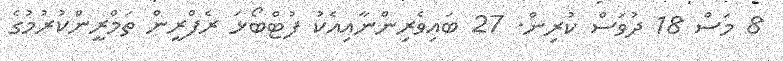
8 މަސް 18 ދުވަސް ކުރިން. 27 ބައިވެރިންނާއިއެކު ފުޓްބޯޅަ ރެފްރީން ތަމްރީންކުރުމުގެ